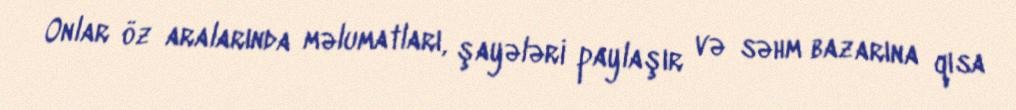
Onlar öz aralarında məlumatları, şayələri paylaşır və səhm bazarına qısa